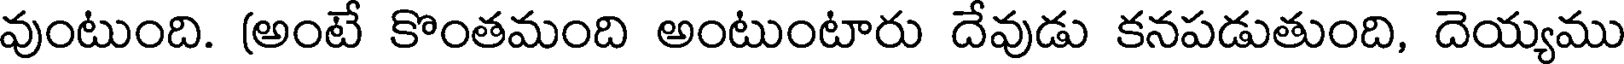
వుంటుంది. (అంటే కొంతమంది అంటుంటారు దేవుడు కనపడుతుంది, దెయ్యము